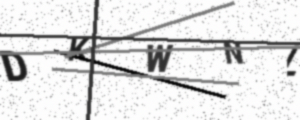
Text: DKWNL